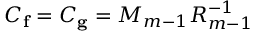
C _ { \mathbf { f } } = C _ { \mathbf { g } } = M _ { m - 1 } R _ { m - 1 } ^ { - 1 }